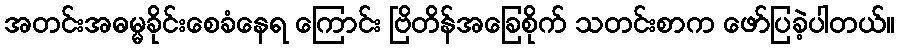
အတင်းအဓမ္မခိုင်းစေခံနေရ ကြောင်း ဗြိတိန်အခြေစိုက် သတင်းစာက ဖော်ပြခဲ့ပါတယ်။